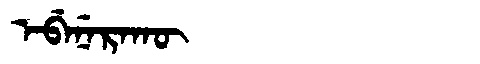
Manchu: ᡝᠪᡝᠨᡝᡵᠠᡴᡡ
Romanization: EBENERAKŪ